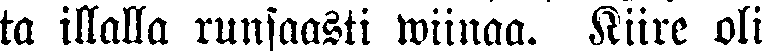
ta illalla runsaasti wiinaa. Kiire oli